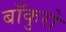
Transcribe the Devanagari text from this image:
बाँकुरो